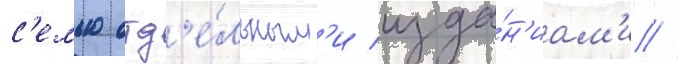
с'емью отд'е́льным'и изда́н'иам'и //